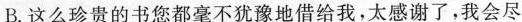
B.这么珍贵的书您都毫不犹豫地借给我，太感谢了，我会尽